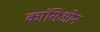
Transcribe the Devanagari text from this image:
कांसिओन